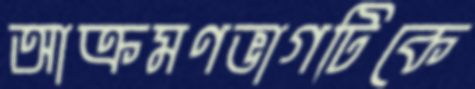
আক্রমণভাগটিকে